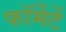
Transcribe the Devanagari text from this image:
फॉर्मेटें